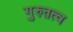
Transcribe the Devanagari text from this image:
गुरुतत्व